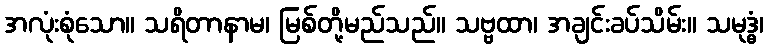
အလုံးစုံသော။ သရိတာနာမ၊ မြစ်တို့မည်သည်။ သဗ္ဗထာ၊ အချင်းခပ်သိမ်း။ သမုဒ္ဓံ၊